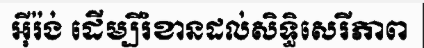
អ៊ីរ៉ង់ ដើម្បីរំខានដល់សិទ្ធិសេរីភាព